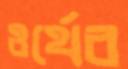
ওর্থের